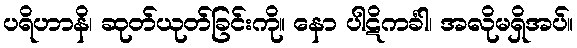
ပရိဟာနိ၊ ဆုတ်ယုတ်ခြင်းကို။ နော ပါဋိကင်္ခါ၊ အလိုမရှိအပ်။